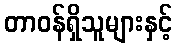
တာဝန်ရှိသူများနှင့်